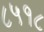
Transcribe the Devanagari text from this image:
८५१८